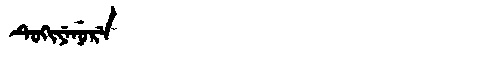
Manchu: ᡨᡠᡴᡳᠶᡝᠨᡠᡵᡝ
Romanization: TUKIYENURE